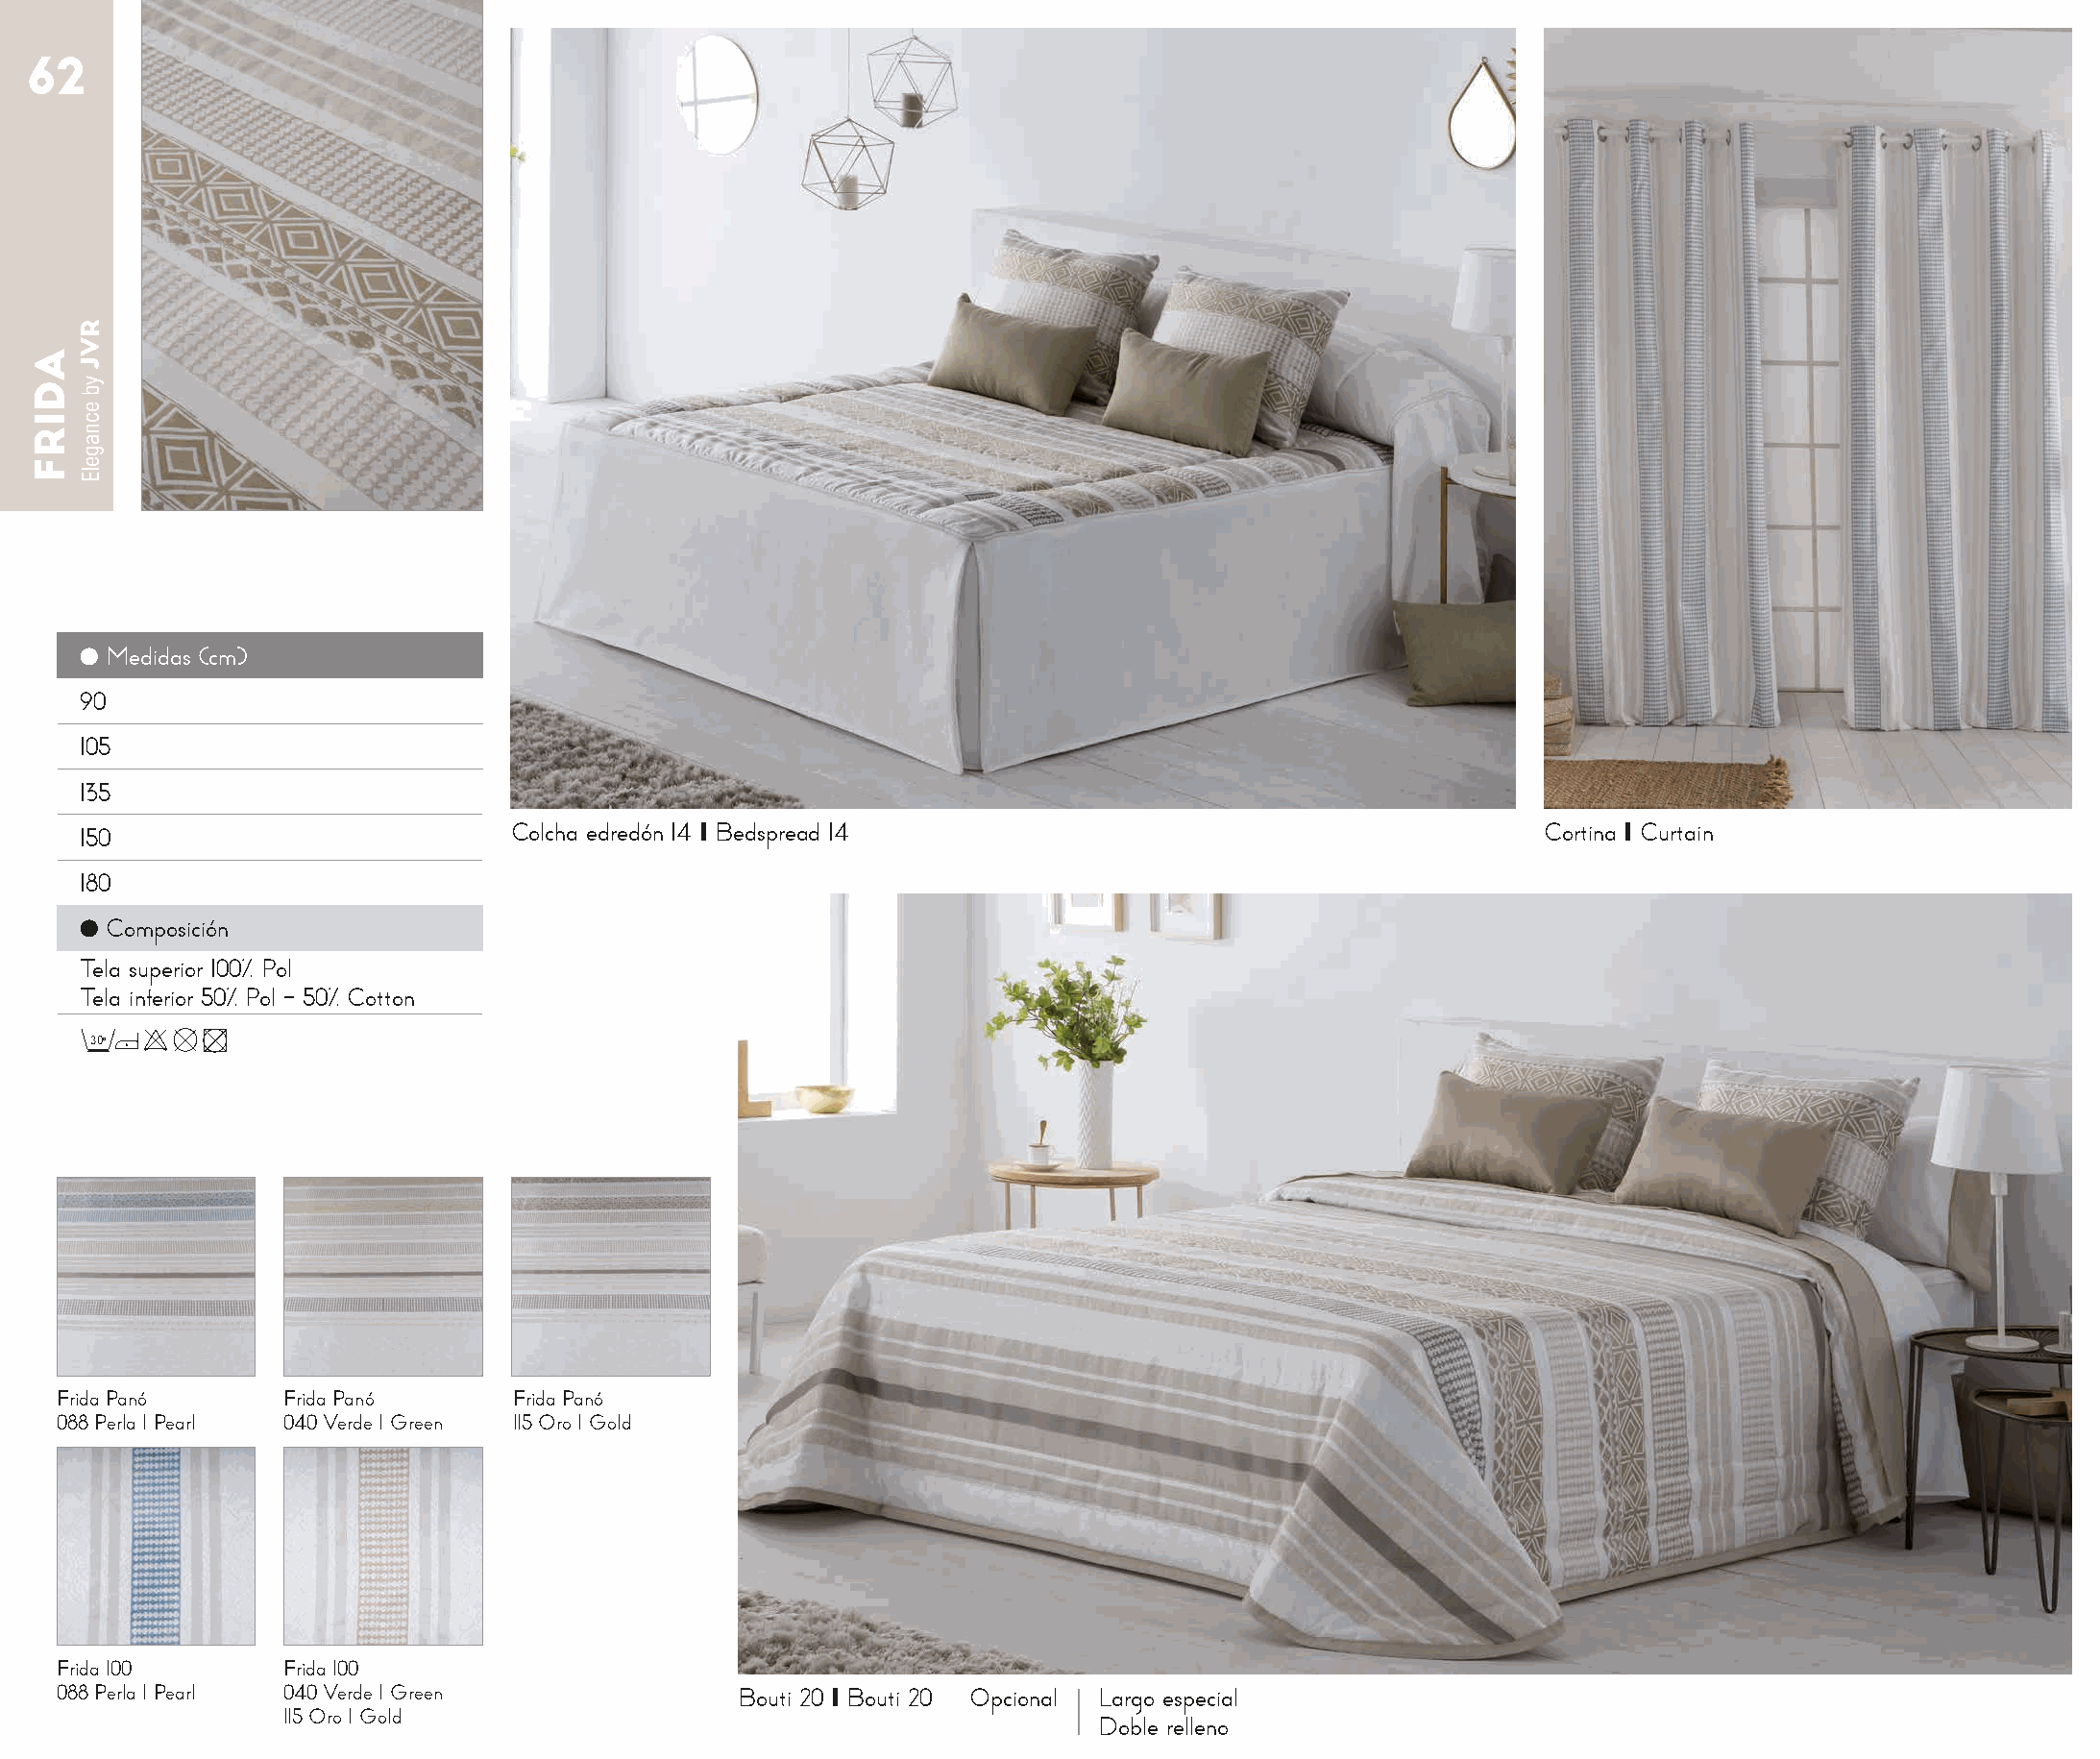
62
 ● Medidas (cm)
 90
 105
 135
 150                          Colcha edredón 14 I Bedspread 14                                       Cortina I Curtain
 180
 ● Composición
 Tela superior 100% Pol
 Tela inferior 50% Pol - 50% Cotton
 30o
 Frida Panó      Frida Panó     Frida Panó
 088 Perla I Pearl 040 Verde I Green 115 Oro I Gold
 Frida 100       Frida 100
 088 Perla I Pearl 040 Verde I Green            Bouti 20 I Bouti 20 Opcional Largo especial
 115 Oro I Gold
 Doble relleno
 ADIRF
 RVJ
 yb
 ecnagelE